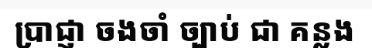
ប្រាជ្ញា ចងចាំ ច្បាប់ ជា គន្លង